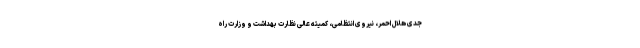
جدی هلال احمر، نیروی انتظامی، کمیته عالی نظارت بهداشت و وزارت راه